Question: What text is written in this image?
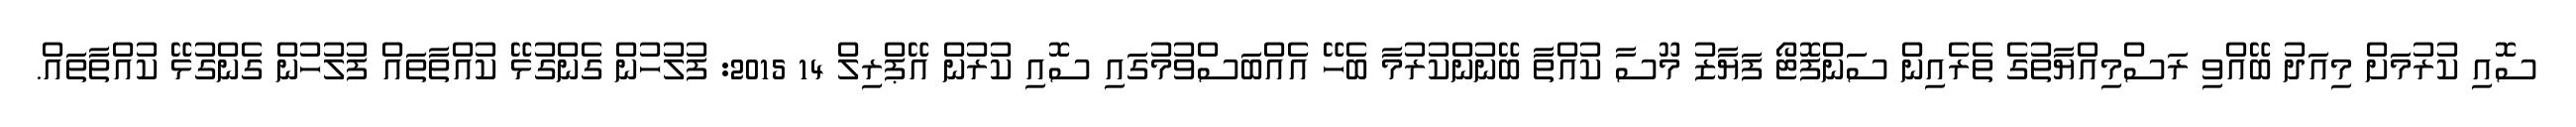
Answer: ސޮއި ކުރުމަށް މިއަދު ބޭއްވި ރަސްމިއްޔާތުގެ ތެރެއިން ސަންފޮޓޯ ފަޔާޒު މޫސާ ކުއްތާ ބޭނުންކުރުމާ ބެހޭ އެއްބަސްވުމުގައި ސޮއި ކުރުން އޭޕްރިލް 14 2015: ފުލުހުން ގެންގުޅޭ ކުއްތާތައް ފުލުހުން ގެންގުޅޭ ކުއްތާތައް.